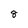
Character: 8